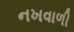
નખવાળી